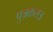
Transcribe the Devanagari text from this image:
पुत्रकलत्र